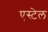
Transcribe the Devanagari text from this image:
एस्टेल